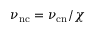
\nu _ { \mathrm { n c } } = \nu _ { \mathrm { c n } } / \chi